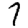
Digit: 7